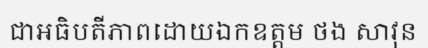
ជាអធិបតីភាពដោយឯកឧត្តម ថង សាវុន